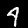
Digit: 4